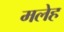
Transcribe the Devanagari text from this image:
मलेह